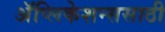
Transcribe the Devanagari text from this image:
अॅप्लिकेशन्ससाठी